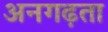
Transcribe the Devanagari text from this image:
अनगढ़ता